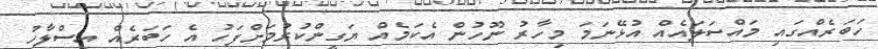
ހަބަރެއްގައި މައްސަލައެއް އުޅޭނަމަ މިހާރު ނޫހުން އެކަމެއް ޔަގީންކުރުމަށްފަހު އެ ހަބަރެއް އިސްލާހު